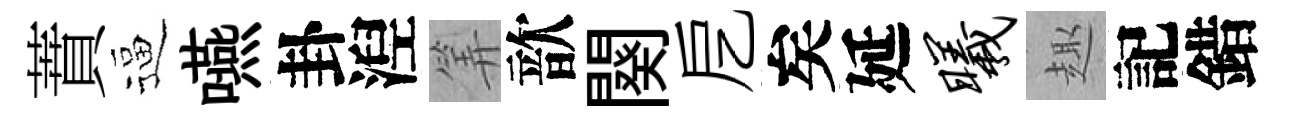
蕡逼嚥卦湼筭歆闋戹矣延曦趣記錯